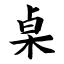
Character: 桌